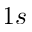
1 s